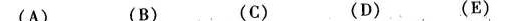
(A) (B) (D) (E)